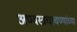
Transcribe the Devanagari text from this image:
अण्वस्त्रचाचण्यांच्या